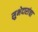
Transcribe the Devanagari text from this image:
सुभेदारांचा